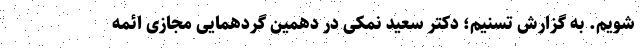
شویم. به گزارش تسنیم؛ دکتر سعید نمکی در دهمین گردهمایی مجازی ائمه